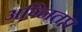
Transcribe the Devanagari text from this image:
अग्नितप्त